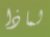
لماذا